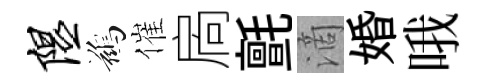
隰鷀催扄氈滴婚哦